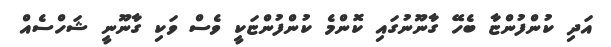
އަދި ކުންފުންޏާ ބެހޭ ގާނޫނުގައި ކޮންމެ ކުންފުންޏަކީ ވެސް ވަކި ގާނޫނީ ޝަހްސެއް